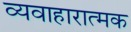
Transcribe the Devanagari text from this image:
व्यवाहारात्मक